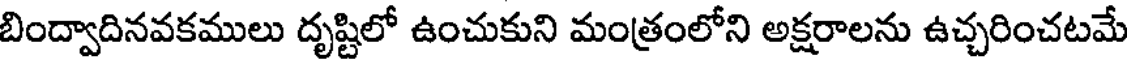
బింద్వాదినవకములు దృష్టిలో ఉంచుకుని మంత్రంలోని అక్షరాలను ఉచ్చరించటమే